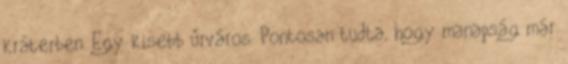
kráterben. Egy kisebb űrváros. Pontosan tudta, hogy manapság már